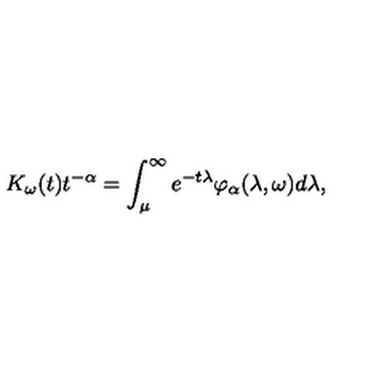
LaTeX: K _ { \omega } ( t ) t ^ { - \alpha } = \int _ { \mu } ^ { \infty } e ^ { - t \lambda } \varphi _ { \alpha } ( \lambda , \omega ) d \lambda ,